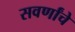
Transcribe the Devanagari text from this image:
सवर्णांचे